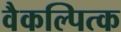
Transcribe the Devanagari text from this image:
वैकल्पित्क